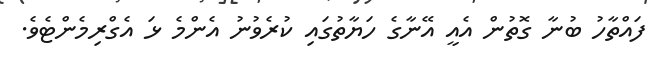
ފައްތާހު ބުނާ ގޮތުން އެއީ އޭނާގެ ހަޔާތުގައި ކުރެވުނު އެންމެ ޅަ އެގްރިމެންޓެވެ.